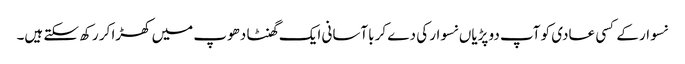
نسوار کے کسی عادی کو آپ دو پڑیاں نسوار کی دے کر باآسانی ایک گھنٹا دھوپ میں کھڑا کر رکھ سکتے ہیں۔